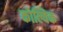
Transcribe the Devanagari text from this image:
कोल्विक